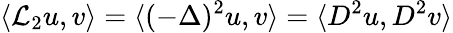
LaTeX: \langle\mathcal{L}_{2}u,v\rangle=\langle(-\Delta)^{2}u,v\rangle=\langle D^{2}u,D^{2}v\rangle